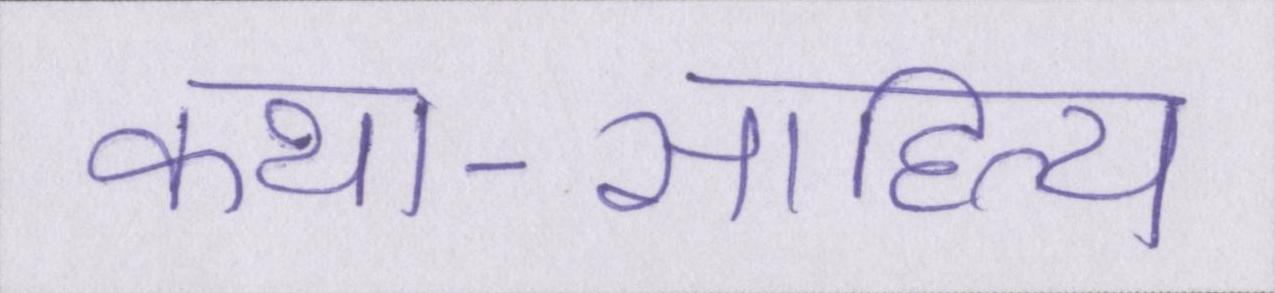
कथा-साहित्य